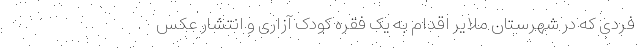
فردی که در شهرستان ملایر اقدام به یک فقره کودک آزاری و انتشار عکس